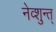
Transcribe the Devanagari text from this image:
नेव्शुन्त्